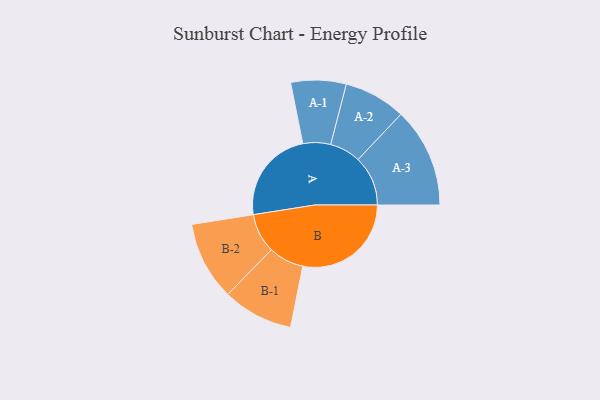
{"axis": {"x": "Segment", "y": "Value"}, "legend": ["", "A", "B"], "data": [{"x": "A", "y": 367, "type": ""}, {"x": "B", "y": 424, "type": ""}, {"x": "A-1", "y": 108, "type": "A"}, {"x": "A-2", "y": 121, "type": "A"}, {"x": "A-3", "y": 195, "type": "A"}, {"x": "B-1", "y": 138, "type": "B"}, {"x": "B-2", "y": 154, "type": "B"}]}